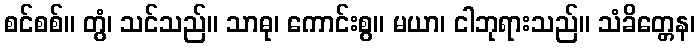
စင်စစ်။ တွံ၊ သင်သည်။ သာဓု၊ ကောင်းစွ။ မယာ၊ ငါဘုရားသည်။ သံခိတ္တေန၊